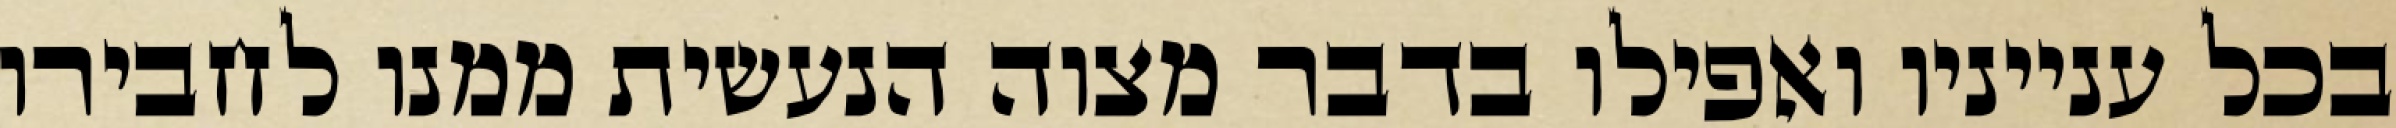
בכל ענייניו ואפילו בדבר מצוה הנעשית ממנו לחבירו